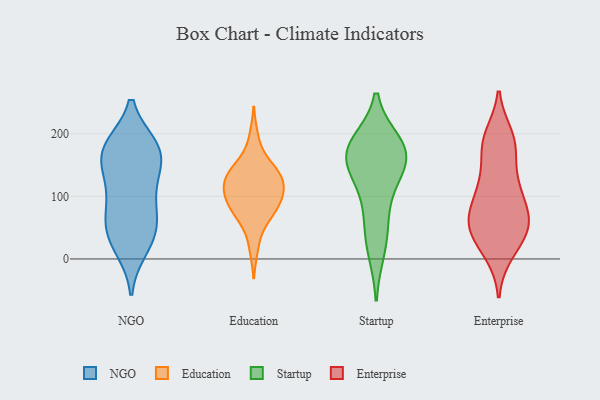
{"axis": {"x": "Waste Production (Tons)", "y": "Value"}, "legend": ["Education", "Enterprise", "NGO", "Startup"], "data": [{"x": "", "y": 181, "type": "NGO"}, {"x": "", "y": 181, "type": "NGO"}, {"x": "", "y": 16, "type": "NGO"}, {"x": "", "y": 144, "type": "NGO"}, {"x": "", "y": 20, "type": "NGO"}, {"x": "", "y": 180, "type": "NGO"}, {"x": "", "y": 118, "type": "NGO"}, {"x": "", "y": 45, "type": "NGO"}, {"x": "", "y": 51, "type": "NGO"}, {"x": "", "y": 95, "type": "NGO"}, {"x": "", "y": 148, "type": "NGO"}, {"x": "", "y": 177, "type": "NGO"}, {"x": "", "y": 74, "type": "NGO"}, {"x": "", "y": 77, "type": "NGO"}, {"x": "", "y": 140, "type": "NGO"}, {"x": "", "y": 178, "type": "NGO"}, {"x": "", "y": 44, "type": "NGO"}, {"x": "", "y": 126, "type": "Education"}, {"x": "", "y": 94, "type": "Education"}, {"x": "", "y": 194, "type": "Education"}, {"x": "", "y": 118, "type": "Education"}, {"x": "", "y": 134, "type": "Education"}, {"x": "", "y": 18, "type": "Education"}, {"x": "", "y": 109, "type": "Education"}, {"x": "", "y": 80, "type": "Education"}, {"x": "", "y": 151, "type": "Education"}, {"x": "", "y": 57, "type": "Education"}, {"x": "", "y": 104, "type": "Education"}, {"x": "", "y": 73, "type": "Education"}, {"x": "", "y": 97, "type": "Education"}, {"x": "", "y": 148, "type": "Education"}, {"x": "", "y": 127, "type": "Education"}, {"x": "", "y": 137, "type": "Education"}, {"x": "", "y": 79, "type": "Education"}, {"x": "", "y": 130, "type": "Startup"}, {"x": "", "y": 172, "type": "Startup"}, {"x": "", "y": 176, "type": "Startup"}, {"x": "", "y": 168, "type": "Startup"}, {"x": "", "y": 169, "type": "Startup"}, {"x": "", "y": 145, "type": "Startup"}, {"x": "", "y": 184, "type": "Startup"}, {"x": "", "y": 14, "type": "Startup"}, {"x": "", "y": 86, "type": "Startup"}, {"x": "", "y": 46, "type": "Startup"}, {"x": "", "y": 55, "type": "Enterprise"}, {"x": "", "y": 119, "type": "Enterprise"}, {"x": "", "y": 192, "type": "Enterprise"}, {"x": "", "y": 179, "type": "Enterprise"}, {"x": "", "y": 59, "type": "Enterprise"}, {"x": "", "y": 115, "type": "Enterprise"}, {"x": "", "y": 45, "type": "Enterprise"}, {"x": "", "y": 196, "type": "Enterprise"}, {"x": "", "y": 14, "type": "Enterprise"}, {"x": "", "y": 183, "type": "Enterprise"}, {"x": "", "y": 55, "type": "Enterprise"}, {"x": "", "y": 58, "type": "Enterprise"}, {"x": "", "y": 112, "type": "Enterprise"}, {"x": "", "y": 179, "type": "Enterprise"}, {"x": "", "y": 10, "type": "Enterprise"}, {"x": "", "y": 70, "type": "Enterprise"}, {"x": "", "y": 83, "type": "Enterprise"}, {"x": "", "y": 60, "type": "Enterprise"}, {"x": "", "y": 32, "type": "Enterprise"}, {"x": "", "y": 122, "type": "Enterprise"}]}